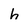
Character: h